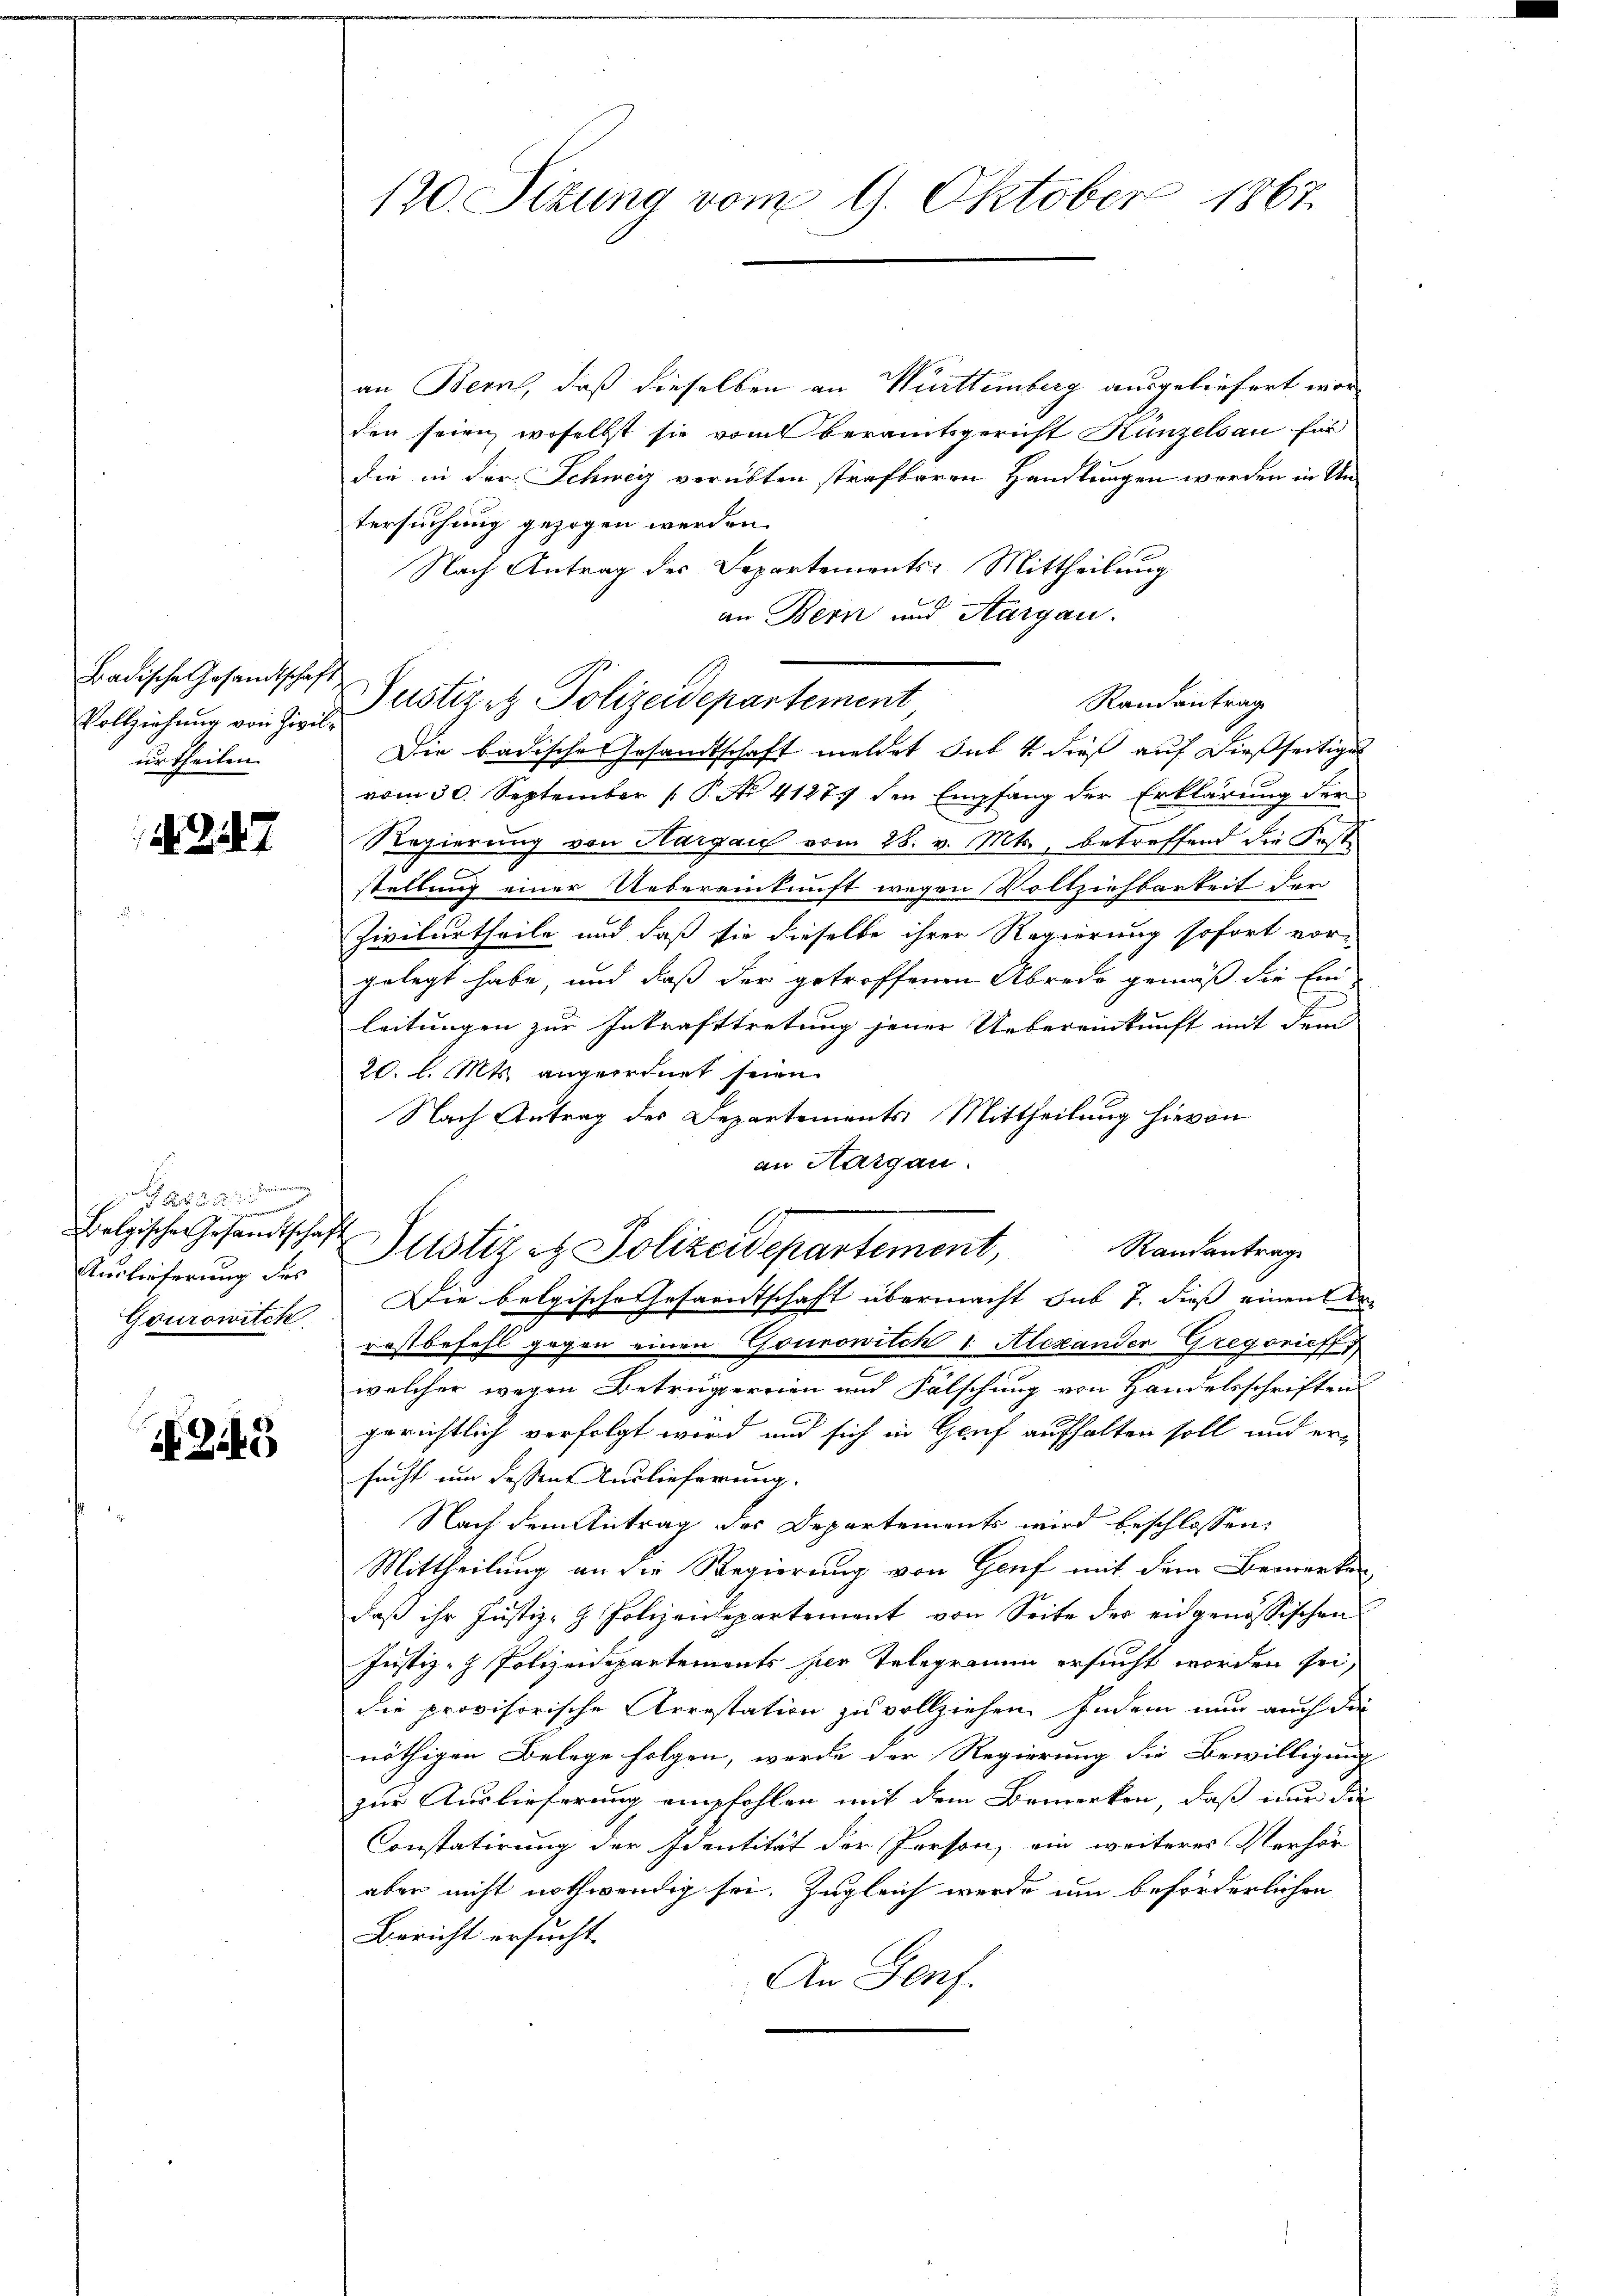
Badische Gesandtschaft
Vollziehung von Zivilurtheilen.

347

Auslieferung des
Gourowitck.

NZG

an Bern, daß dieselben an Württemberg ausgeliefert worden seien, woselbst sie vom beramtsgericht Kunzelsau für
die in der Schweg verübten strafbaren Handlungen werden in Untersuchung gezogen werden.
Nach Antrag der Separtements: Mittheilung
an Bern und Aargau.
Die badische Gesandtschaft meldet sub 14 dieß auf dießseitige
vom 30. September P. Nr. 41274 den Empfang der Erklärung der
Regierung von Hargau vom 28. v. Mts., betreffend die Fest-
stellung einer Uebereinkunft wegen Vollziehbarkeit der
Zivilurtheile und daß sie dieselbe ihrer Regierung sofort vor-
gelegt habe, und daß der getroffenen Abrede gemäß die Ein-
leitungen zur Inkrafttretung jener Uebereinkunft mit dem
20 l. Mts. angeordnet seien.
Nach Antrag des Departements Mittheilung hievon
an Hargau.
Belgische Gesandtschaft Justiz et Polizeidepartement, Standantrage
Die belgische Gesamtschaft übermacht sub 7. dieß einen Ar
rastbefehl gegen einen Gourowilch 1 Alexander Gregorieff
welcher wegen Betrugereien und Fälschung von Handelsschriften
gerichtlich verfolgt wird und sich in Genf aufhalten soll und er-
sucht um dessen Auslieferung.
Nach dem Antrag des Departements wird beschlossen,
Mittheilung an die Regierung von Genf mit dem Bemerke
daß ihr Justiz- & Polizeidepartement von Seite der eingenössischen
Justiz- Polizeidepartements her Telegramm ersucht worden sei,
die provisorische Arrestation zu vollziehen. Indem nun auch die
nöthigen Belege folgen, werde der Regierung die Bewilligung
zur Auslieferung empfohlen mit dem Bemerken, daß nur die
Constatirung der Identität der Person, ein weiteres Verhör-
aber nicht nothwendig sei. Zugleich werde um beförderlichen
Bericht ersucht.
An Genf.

120. Sitzung vom 9. Oktober 1867

Justizez Polizeidepartement
Randantrag